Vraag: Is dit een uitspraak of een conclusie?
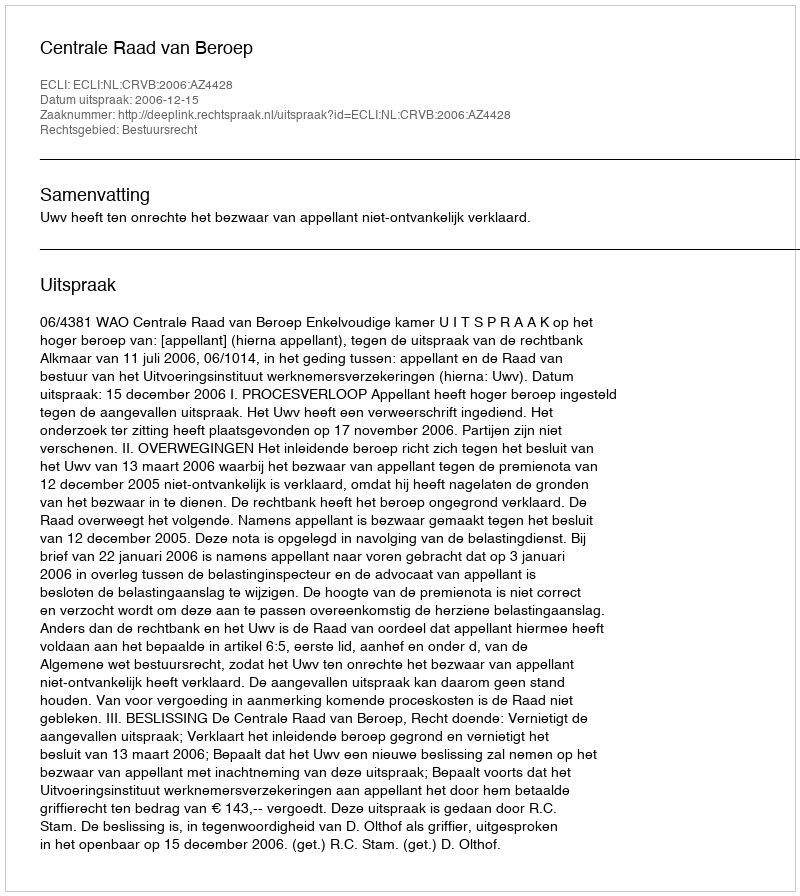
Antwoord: Uitspraak